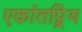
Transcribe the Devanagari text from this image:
एकांतप्र्रिय